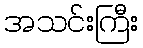
အသင်းကြီး